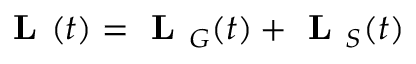
\textbf { L } ( t ) = \textbf { L } _ { G } ( t ) + \textbf { L } _ { S } ( t )